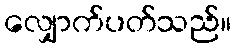
လျှောက်ပတ်သည်။